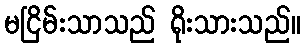
မငြိမ်းသာသည် ရိုးသားသည်။